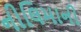
નીલિમાની